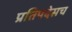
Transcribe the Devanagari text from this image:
प्रतिपदेसच